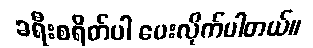
ခရီးစရိတ်ပါ ပေးလိုက်ပါတယ်။